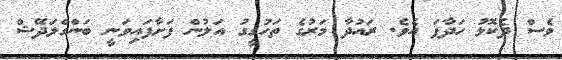
ވެސް ދެކޮޅު ހަދާފަ އެވެ. ރައުދާ މަރުގެ ތަހުގީގު އަލުން ފަށާފައިވަނީ ބަންގްލަދޭޝް